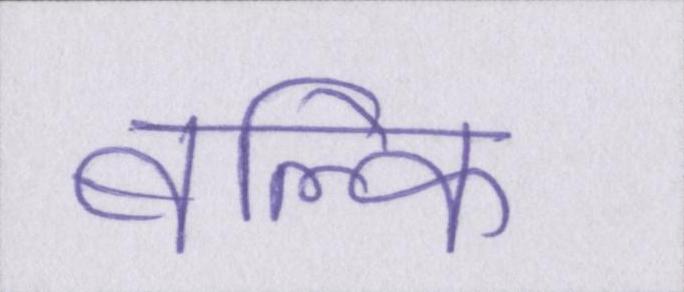
बल्कि